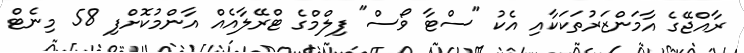
ރާއްޖޭގެ އާމަންޒަރުތަކަކާއި އެކު "ސްޓާ ވޯސް" ފިލްމްގެ ޓްރޭލާއެއް އާންމުކޮށްފި 58 މިނެޓް